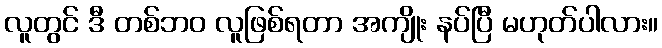
လူတွင် ဒီ တစ်ဘဝ လူဖြစ်ရတာ အကျိုး နပ်ပြီ မဟုတ်ပါလား။